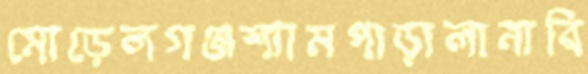
মোড়েলগঞ্জশ্যামপাড়ালানাবি